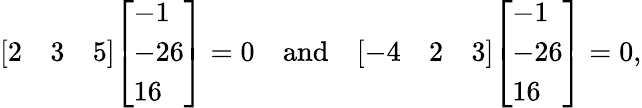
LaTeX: {\left[\begin{array}{lll}{2}&{3}&{5}\end{array}\right]}{\left[\begin{array}{l}{-1}\\ {-26}\\ {16}\end{array}\right]}=0\quad\mathrm{and}\quad{\left[\begin{array}{lll}{-4}&{2}&{3}\end{array}\right]}{\left[\begin{array}{l}{-1}\\ {-26}\\ {16}\end{array}\right]}=0\mathrm{,}